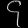
Digit: ၄